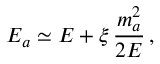
E _ { a } \simeq E + \xi \, \frac { m _ { a } ^ { 2 } } { 2 E } \, ,